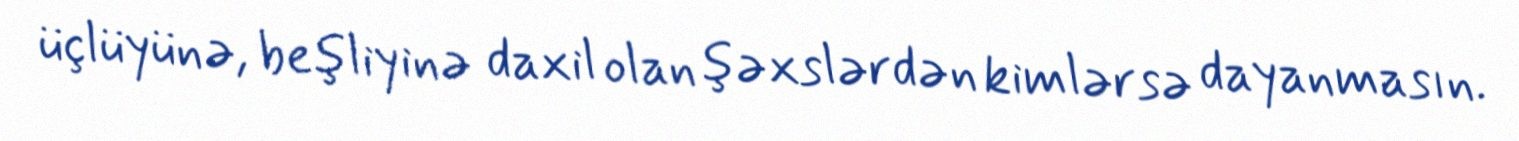
üçlüyünə, beşliyinə daxil olan şəxslərdən kimlərsə dayanmasın.